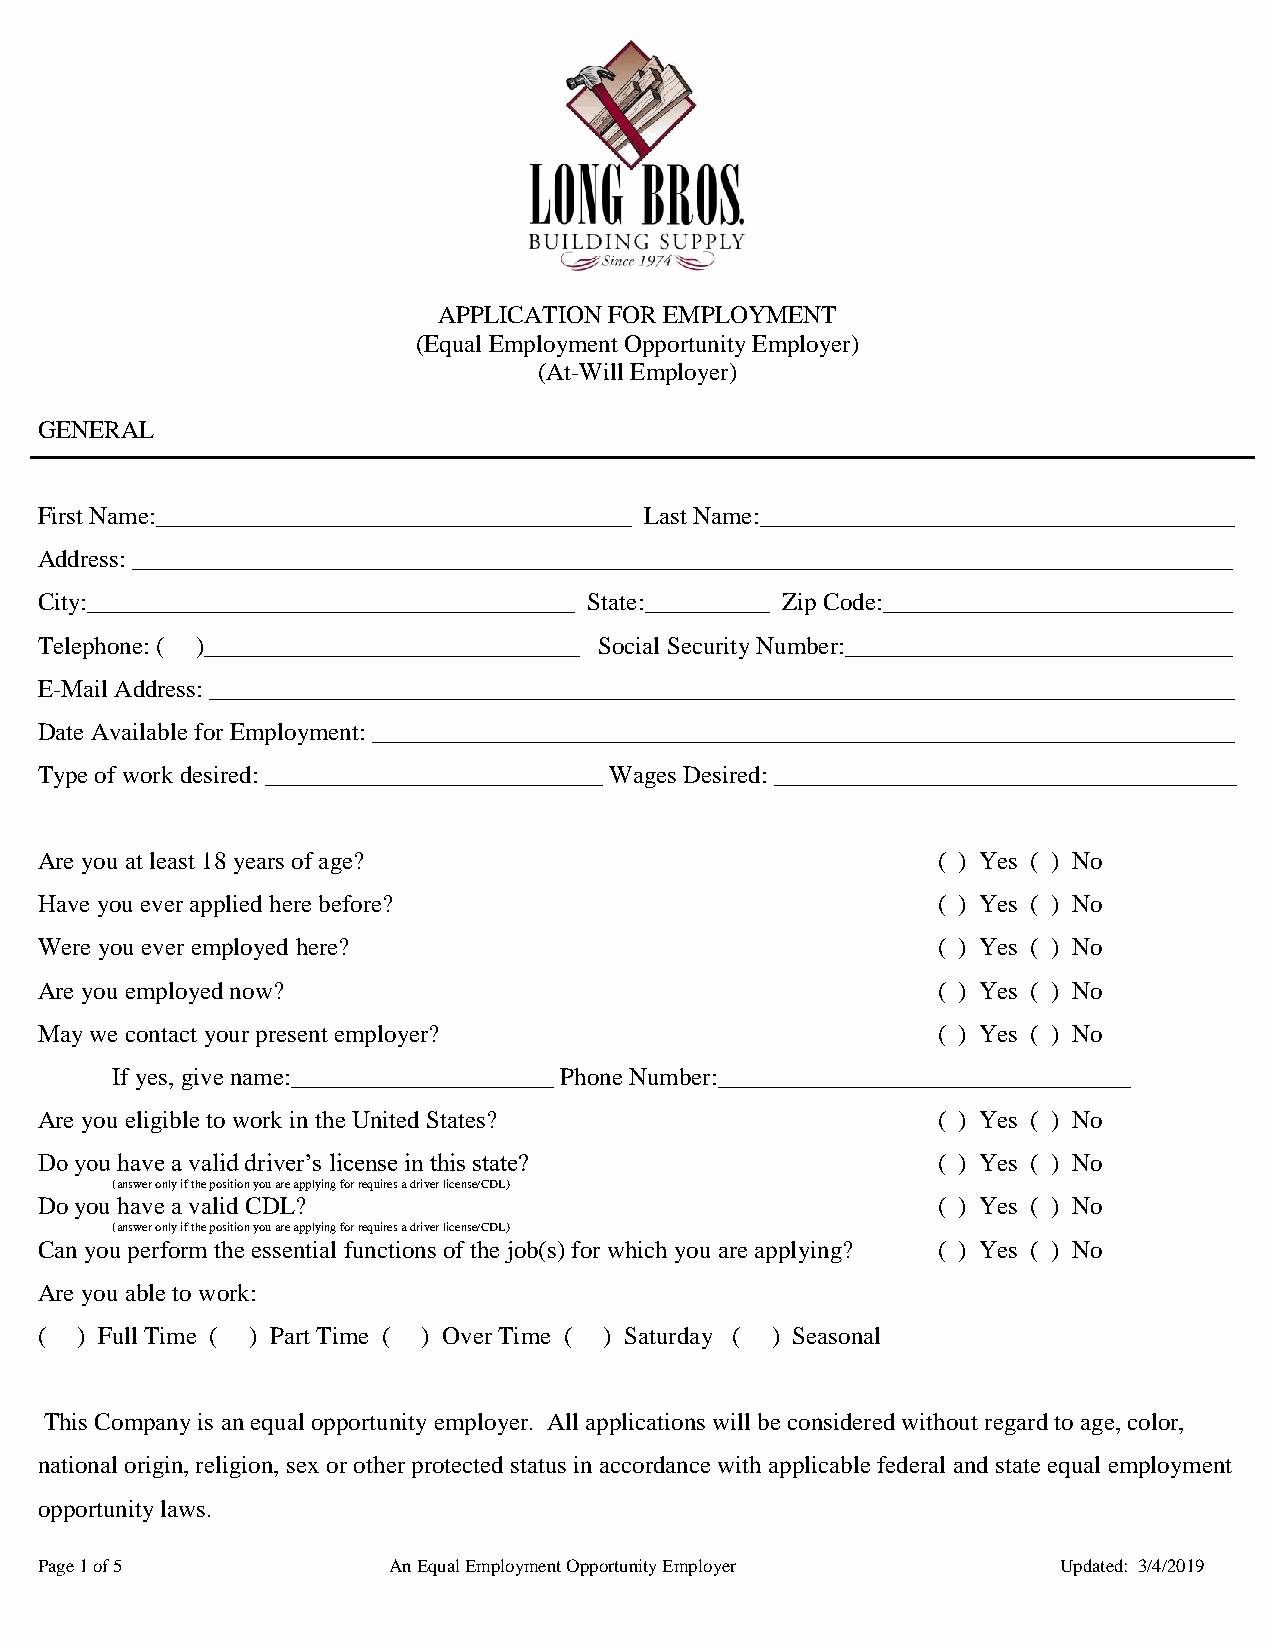
APPLICATION FOR EMPLOYMENT
 (Equal Employment Opportunity Employer)
 (At-Will Employer)
 GENERAL
 First Name:______________________________________ Last Name:______________________________________
 Address: ________________________________________________________________________________________
 City:_______________________________________ State:__________ Zip Code:____________________________
 Telephone: ( )______________________________ Social Security Number:_______________________________
 E-Mail Address: __________________________________________________________________________________
 Date Available for Employment: _____________________________________________________________________
 Type of work desired: ___________________________ Wages Desired: _____________________________________
 Are you at least 18 years of age?                           ( ) Yes ( ) No
 Have you ever applied here before?                          ( ) Yes ( ) No
 Were you ever employed here?                                ( ) Yes ( ) No
 Are you employed now?                                       ( ) Yes ( ) No
 May we contact your present employer?                       ( ) Yes ( ) No
 If yes, give name:_____________________ Phone Number:_________________________________
 Are you eligible to work in the United States?              ( ) Yes ( ) No
 Do you have a valid driver’s license in this state?         ( ) Yes ( ) No
 (answer only if the position you are applying for requires a driver license/CDL)
 Do you have a valid CDL?                                    ( ) Yes ( ) No
 (answer only if the position you are applying for requires a driver license/CDL)
 Can you perform the essential functions of the job(s) for which you are applying? ( ) Yes ( ) No
 Are you able to work:
 (  ) Full Time ( ) Part Time ( ) Over Time ( ) Saturday ( ) Seasonal
 This Company is an equal opportunity employer. All applications will be considered without regard to age, color,
 national origin, religion, sex or other protected status in accordance with applicable federal and state equal employment
 opportunity laws.
 Page 1 of 5             An Equal Employment Opportunity Employer    Updated: 3/4/2019